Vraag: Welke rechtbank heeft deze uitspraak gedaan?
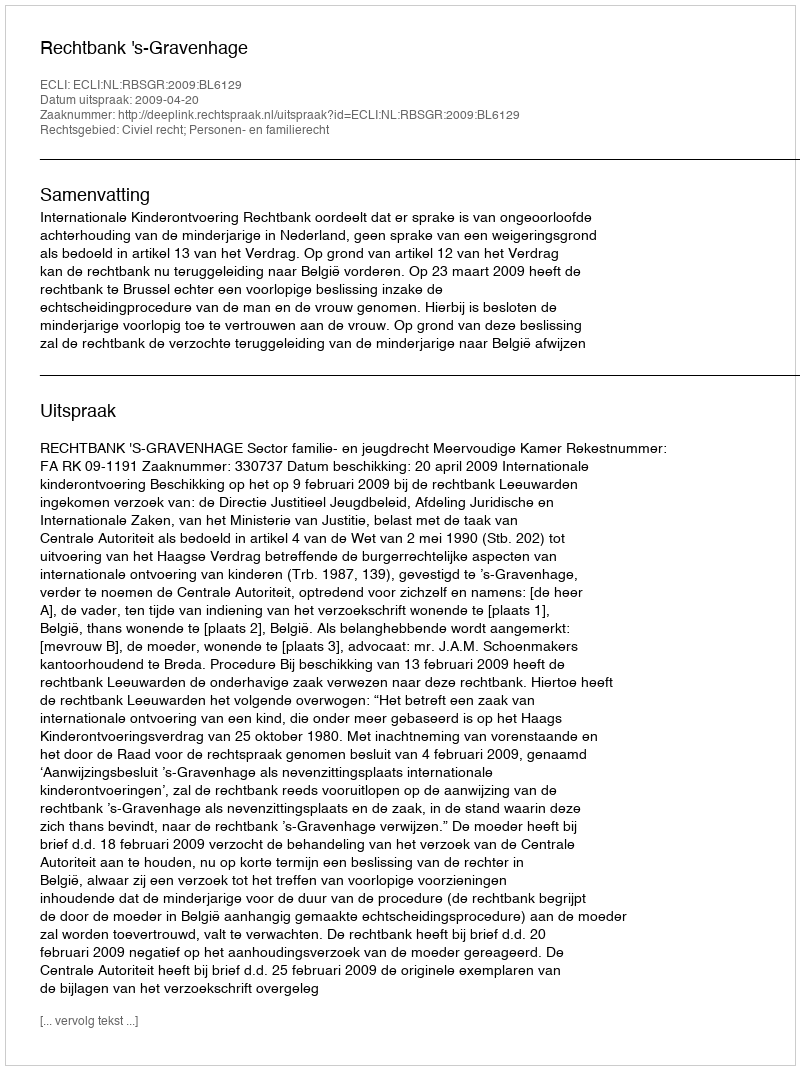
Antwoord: Rechtbank 's-Gravenhage